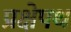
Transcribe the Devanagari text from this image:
प्रक्षेपथ